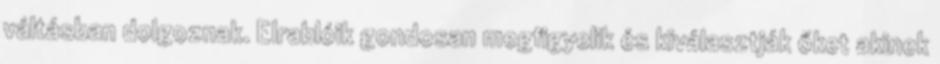
váltásban dolgoznak. Elrablóik gondosan megfigyelik és kiválasztják őket akinek